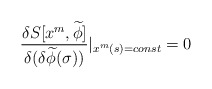
\begin{align*}\frac{\delta S[x^m,\widetilde{\phi}]}{\delta(\delta \widetilde{\phi}(\sigma))}|_{x^m(s)=const} = 0 \end{align*}